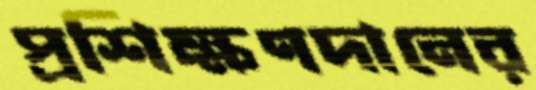
প্রশিক্ষণদানের